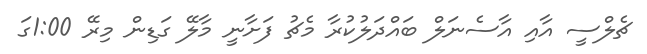
ޗެލްސީ އާއި އާސެނަލް ބައްދަލުކުރާ މެޗު ފަށާނީ މާލޭ ގަޑިން މިރޭ 1:00ގަ